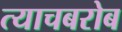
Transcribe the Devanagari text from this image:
त्याचबरोब